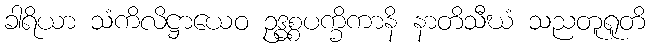
ခါရိယာ သံကိလိဋ္ဌာယေဝ ဥဒ္ဓစ္စပက္ခိကာနိ နာတိသီဃံ သညတူရူတိ